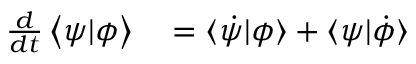
\begin{array} { r l } { \frac { d } { d t } \left\langle \psi | \phi \right\rangle } & { { } = \langle \dot { \psi } | \phi \rangle + \langle \psi | \dot { \phi } \rangle } \end{array}